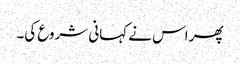
پھر اس نے کہانی شروع کی۔